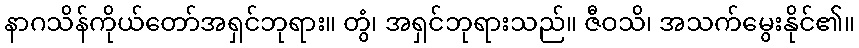
နာဂသိန်ကိုယ်တော်အရှင်ဘုရား။ တွံ၊ အရှင်ဘုရားသည်။ ဇီဝသိ၊ အသက်မွေးနိုင်၏။